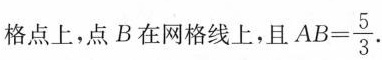
格点上，点B在网格线上，且$$A B = \frac { 5 } { 3 }$$